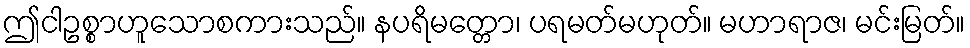
ဤငါဥစ္စာဟူသောစကားသည်။ နပရိမတ္တော၊ ပရမတ်မဟုတ်။ မဟာရာဇ၊ မင်းမြတ်။